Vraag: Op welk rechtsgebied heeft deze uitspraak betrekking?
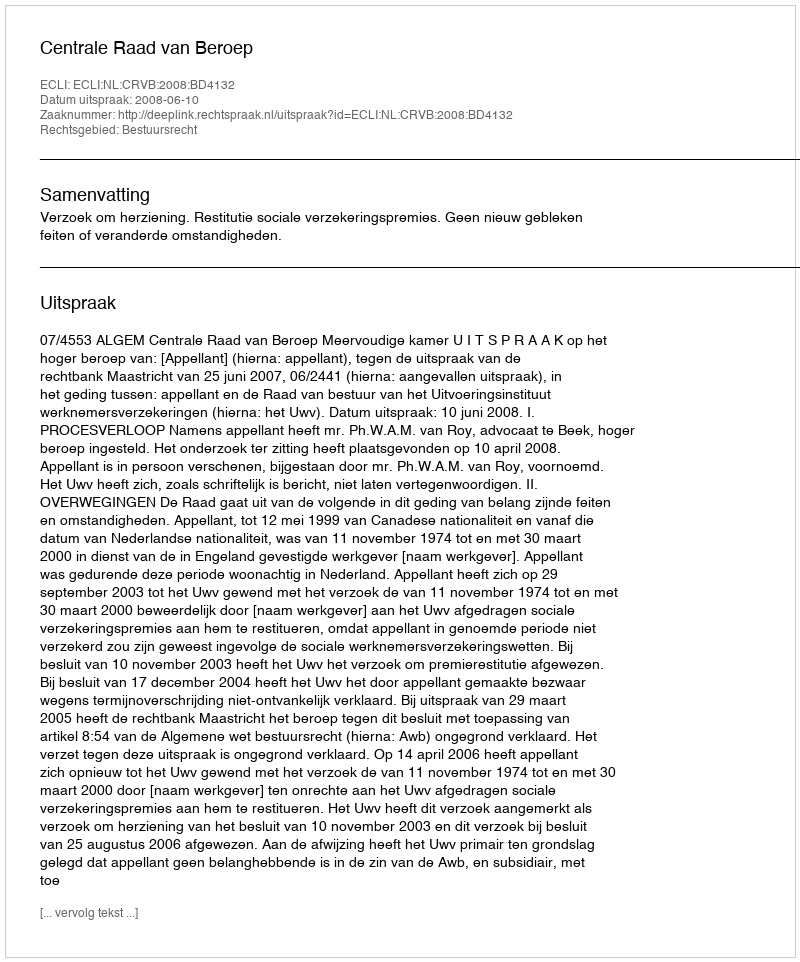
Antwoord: Bestuursrecht